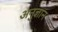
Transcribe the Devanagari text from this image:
अनुज्ञान